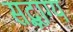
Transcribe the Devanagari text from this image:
सद्भाग्य